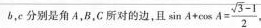
b，e分别是角A，B，C所对的边，且 $$\sinA + \cos A = \frac{\sqrt{3}-1}{2}$$，